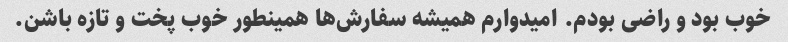
خوب بود و راضی بودم. امیدوارم همیشه سفارش‌ها همینطور خوب پخت و تازه باشن.